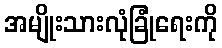
အမျိုးသားလုံခြုံရေးကို